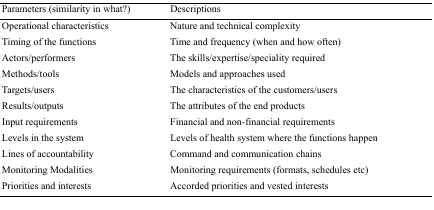
<table><thead><tr><td><b>Parameters (similarity in what?)</b></td><td><b>Descriptions</b></td></tr></thead><tbody><tr><td>Operational characteristics</td><td>Nature and technical complexity</td></tr><tr><td>Timing of the functions</td><td>Time and frequency (when and how often)</td></tr><tr><td>Actors/performers</td><td>The skills/expertise/speciality required</td></tr><tr><td>Methods/tools</td><td>Models and approaches used</td></tr><tr><td>Targets/users</td><td>The characteristics of the customers/users</td></tr><tr><td>Results/outputs</td><td>The attributes of the end products</td></tr><tr><td>Input requirements</td><td>Financial and non-financial requirements</td></tr><tr><td>Levels in the system</td><td>Levels of health system where the functions happen</td></tr><tr><td>Lines of accountability</td><td>Command and communication chains</td></tr><tr><td>Monitoring Modalities</td><td>Monitoring requirements (formats, schedules etc)</td></tr><tr><td>Priorities and interests</td><td>Accorded priorities and vested interests</td></tr></tbody></table>